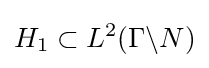
H_{1}\subset L^{2}(\Gamma \backslash N)